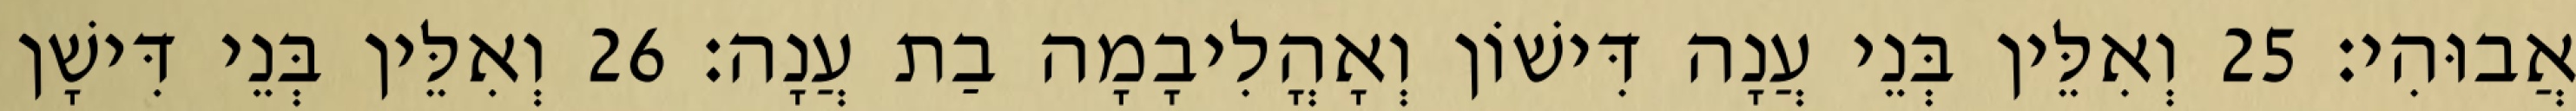
אֲבוּהִי׃ 25 וְאִלֵּין בְּנֵי עֲנָה דִּישׁוֹן וְאָהֳלִיבָמָה בַת עֲנָה׃ 26 וְאִלֵּין בְּנֵי דִּישָׁן